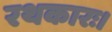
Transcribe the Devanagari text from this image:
रथकारः।